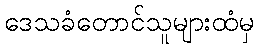
ဒေသခံတောင်သူများထံမှ